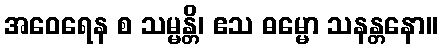
အဝေရေန စ သမ္မန္တိ၊ ဧသ ဓမ္မော သနန္တနော။